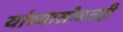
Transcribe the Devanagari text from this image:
यांच्यासोबतही